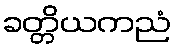
ခတ္တိယကညံ